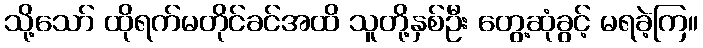
သို့သော် ထိုရက်မတိုင်ခင်အထိ သူတို့နှစ်ဦး တွေ့ဆုံခွင့် မရခဲ့ကြ။